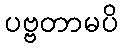
ပဗ္ဗတာမပိ